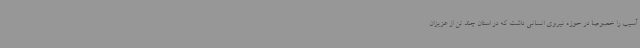
آسیب را خصوصا در حوزه نیروی انسانی داشت که در استان چند تن از عزیزان